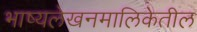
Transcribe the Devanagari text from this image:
भाष्यलेखनमालिकेतील